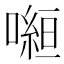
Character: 𭊿